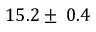
1 5 . 2 \pm \: 0 . 4